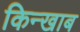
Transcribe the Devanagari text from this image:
किन्खाब